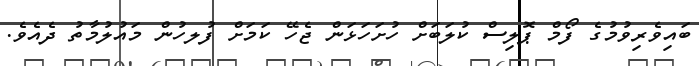
ބައިވެރިވުމުގެ ފޯމް ޕޮލިސް ކުލަބަށް ހުށަހަޅަން ޖެހޭ ކަމަށް ފުލހުން މައުލުމާތު ދެއެވެ.